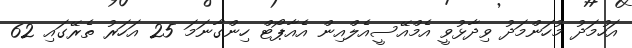
އަހުމަދު މުހަންމަދު ވިދާޅުވީ އެމްއޭސީއެލްއިން އެއާޕޯޓް ހިންގާނަމަ 25 އަހަރު ތެރޭގައި 62